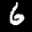
Label: 6